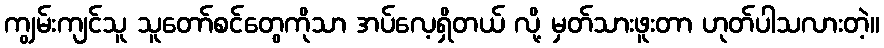
ကျွမ်းကျင်သူ သူတော်စင်တွေကိုသာ အပ်လေ့ရှိတယ် လို့ မှတ်သားဖူးတာ ဟုတ်ပါသလားတဲ့။